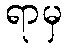
ရာမှ